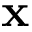
\textbf { x }